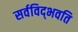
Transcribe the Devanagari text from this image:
सर्वविद्‍भवति